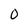
Character: 0